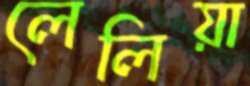
লেলিয়া